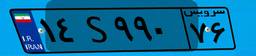
۱۴S۹۹۰۷۶